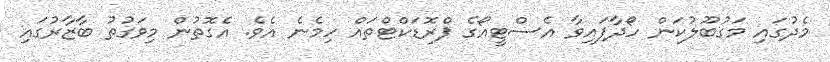
މެދުގައި މަގުބޫލުކަން ހޯދާފައިވާ އެސްޓީއޯގެ ޕްރޮޑަކްޓްތައް ހިމެނެ އެވެ. އެގޮތުން މިވަގުތު ބާޒާރުގައި